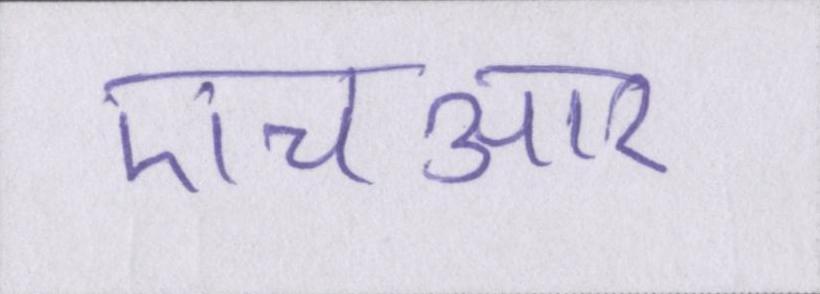
एचआर